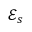
\mathscr { E } _ { s }